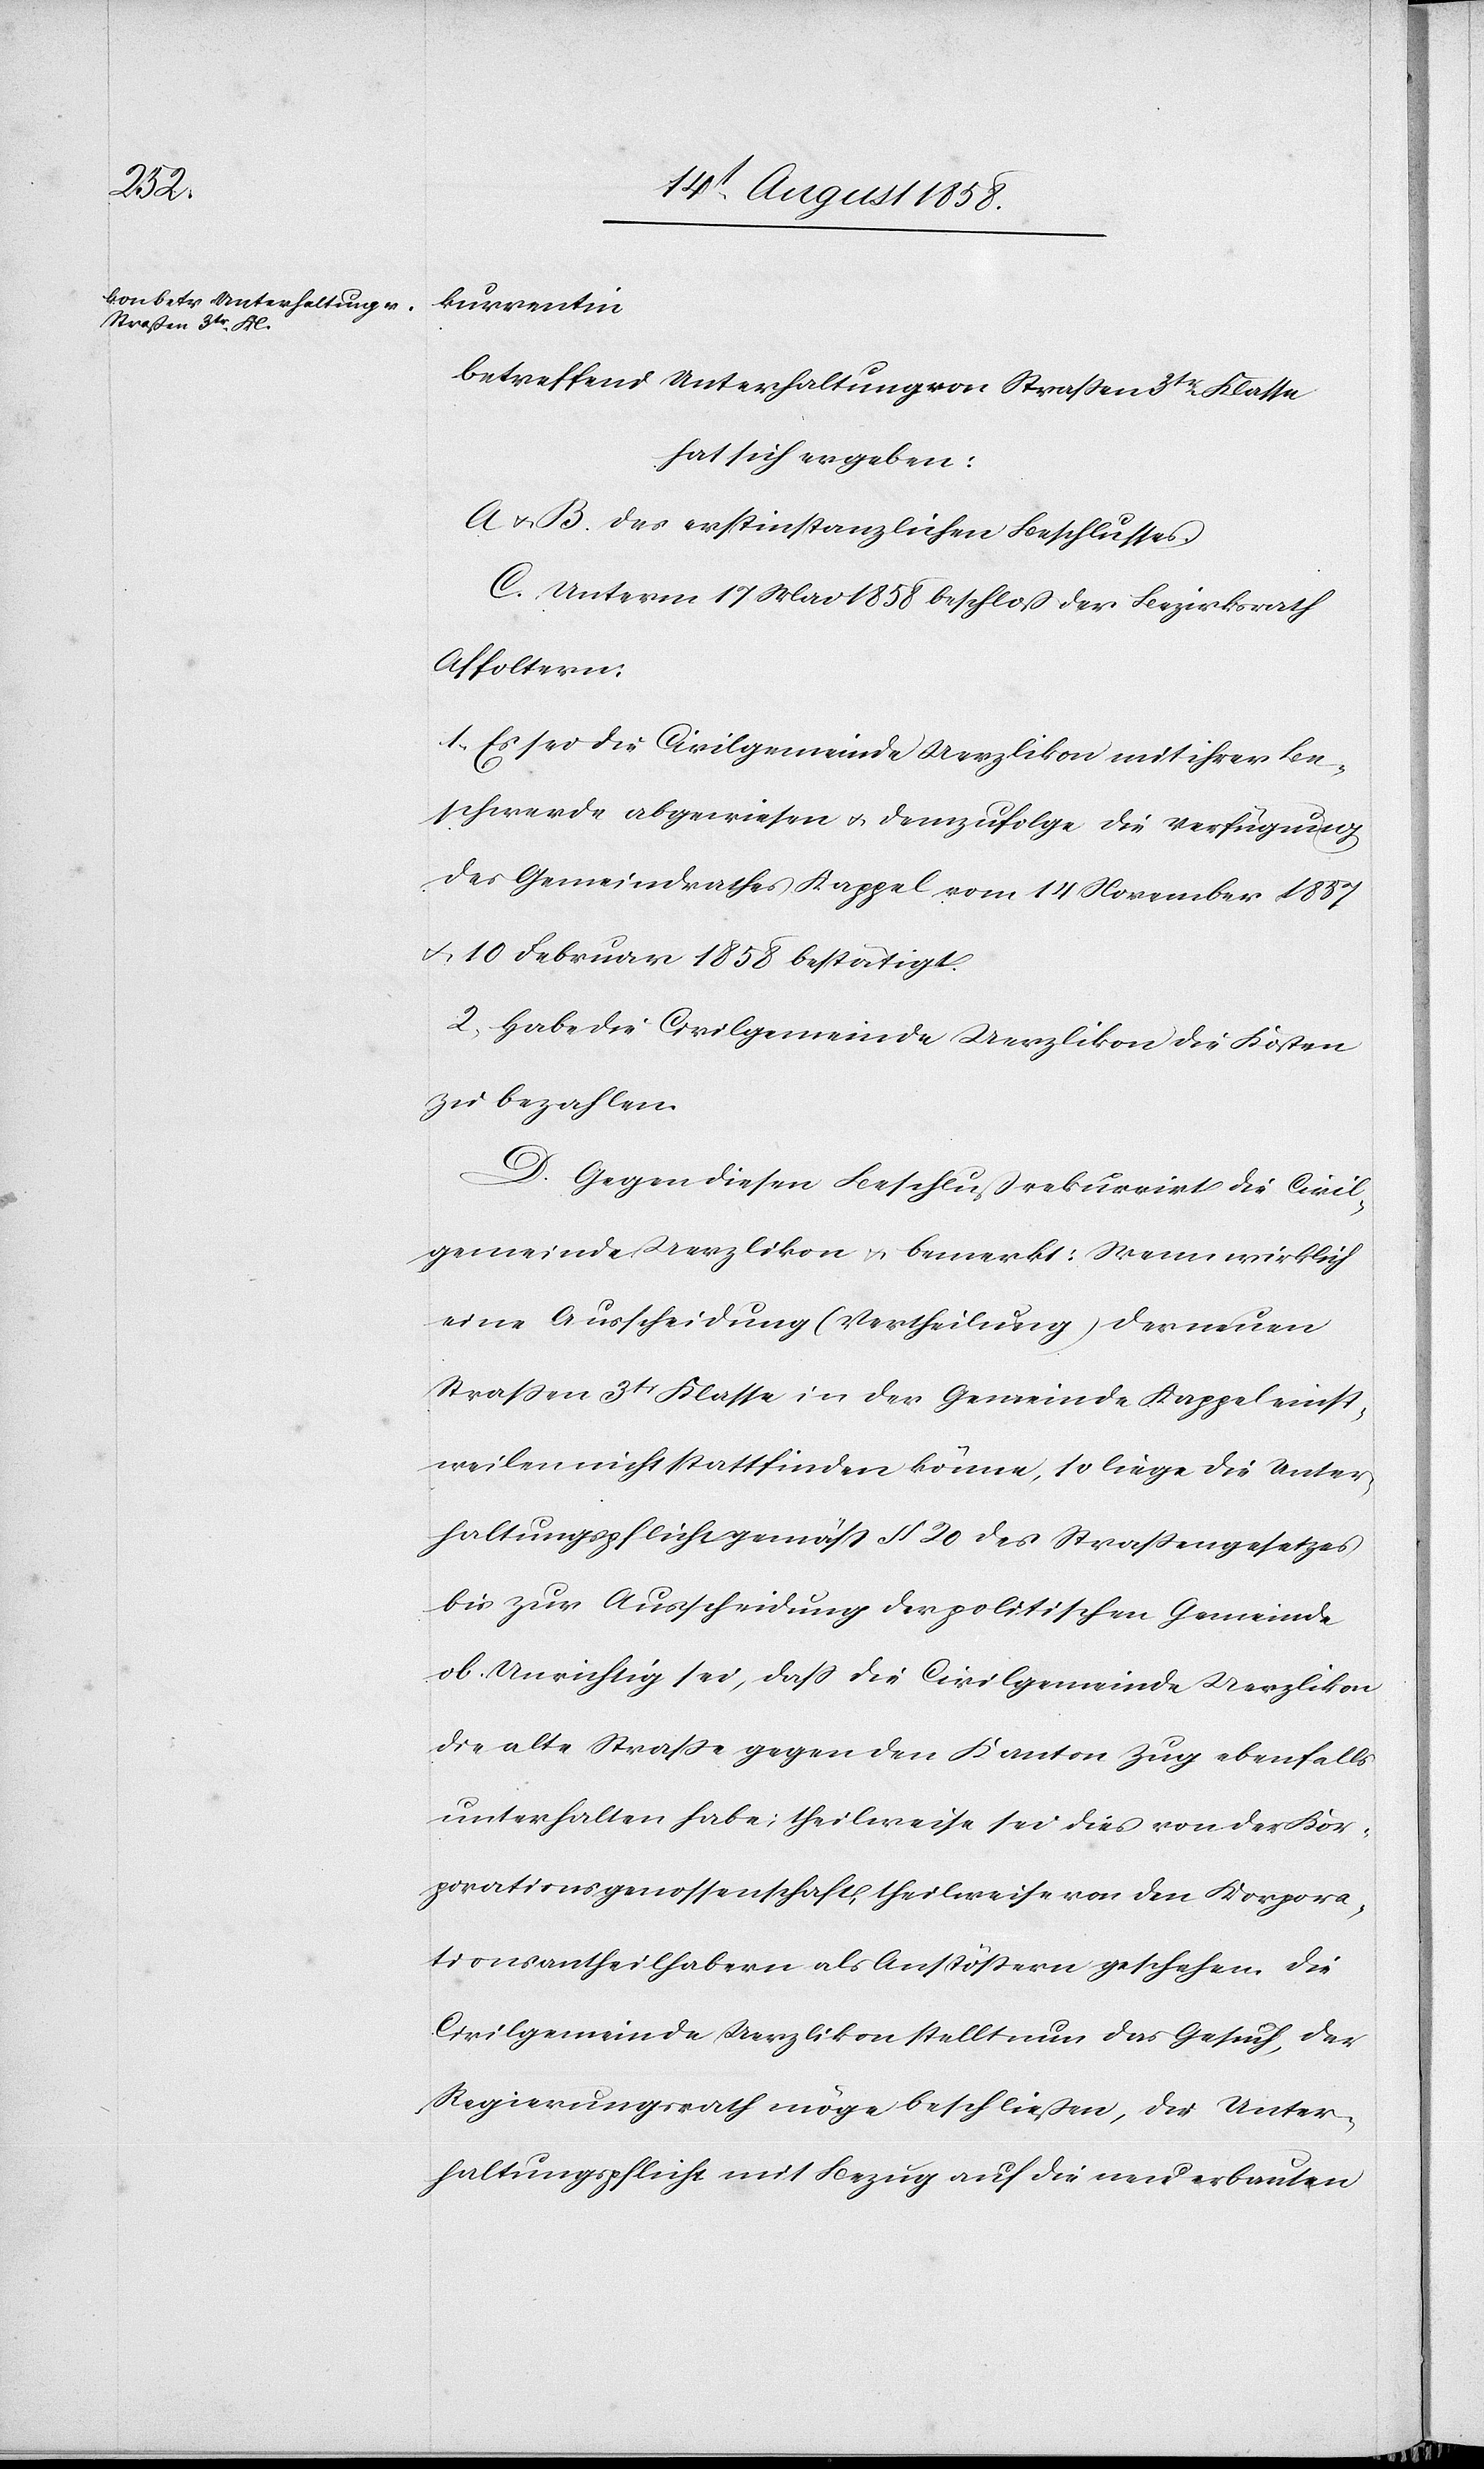
kurrentin
betreffend Unterhaltung von Straßen 3tr Klasse
hat sich ergeben:
A & B. des erstinstanzlichen Beschlusses.
C. Unterm 17 Mai 1858 beschloß der Bezirksrath
Affoltern:
1) Es sei die Civilgemeinde Uerzlikon mit ihrer Be¬
schwerde abgewiesen & demzufolge die Verfügung
des Gemeindrathes Kappel vom 14 November 1857
& 10 Februar 1858 bestätigt.
2) Habe die Civilgemeinde Uerzlikon die Kosten
zu bezahlen.
D. Gegen diesen Beschluß rekurrirt die Civil¬
gemeinde Uerzlikon & bemerkt: Wenn wirklich
eine Ausscheidung (Vertheilung) der neuen
Strassen 3tr Klasse in der Gemeinde Kappel einst¬
weilen nicht stattfinden könne, so liege die Unter¬
haltungspflicht gemäss § 20 des Straßengesetzes
bis zur Ausscheidung der politischen Gemeinde
ob. Unrichtig sei, dass die Civilgemeinde Uerzlikon
die alte Strasse gegen den Kanton Zug ebenfalls
unterhalten habe; theilweise sei dies von der Kor¬
porationsgenossenschaft, theilweise von den Korpora¬
tionsantheilhabern als Anstössern geschehen. Die
Civilgemeinde Uerzlikon stellt nun das Gesuch, der
Regierungsrath möge beschließen, die Unter¬
haltungspflicht mit Bezug auf die neu erbauten